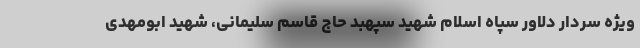
ویژه سردار دلاور سپاه اسلام شهید سپهبد حاج قاسم سلیمانی، شهید ابومهدی